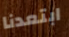
ابتعدنا